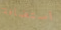
استضافة